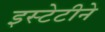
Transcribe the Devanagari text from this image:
इस्टेटीने